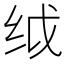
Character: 𬘙